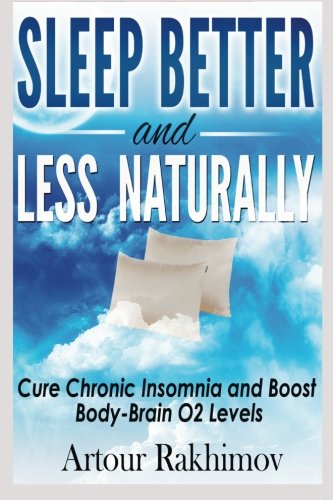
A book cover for Sleep Better and Less - Naturally: Cure Chronic Insomnia and Boost Body-Brain O2 Levels; Dr. Artour Rakhimov; Health, Fitness & Dieting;